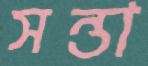
সন্তা